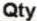
QTY